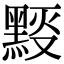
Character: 𪑉